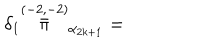
LaTeX: \delta _ { 1 } \stackrel { ( - 2 , - 2 ) } { \bar { \pi } } _ { \alpha _ { 2 k + 1 } } =